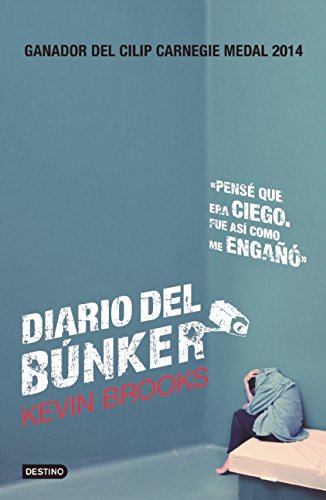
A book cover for Diario del BÃºnker (Spanish Edition); Kevin Brooks; Teen & Young Adult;